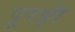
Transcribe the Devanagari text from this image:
पूरही